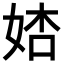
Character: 𡜺